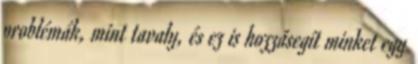
problémák, mint tavaly, és ez is hozzásegít minket egy